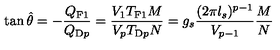
\tan \hat { \theta } = - \frac { Q _ { \mathrm { F 1 } } } { Q _ { \mathrm { D } p } } = \frac { V _ { 1 } T _ { \mathrm { F 1 } } M } { V _ { p } T _ { \mathrm { D } p } N } = g _ { s } \frac { ( 2 \pi l _ { s } ) ^ { p - 1 } } { V _ { p - 1 } } \frac { M } { N }